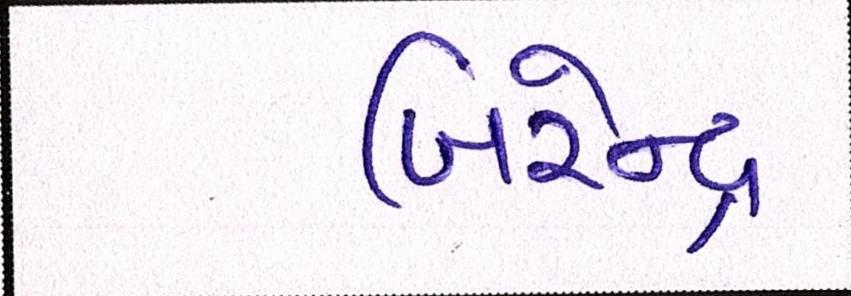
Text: બિરેન્દ્ર